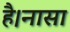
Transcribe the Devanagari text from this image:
है।नासा